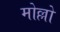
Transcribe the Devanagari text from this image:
मोल्लो